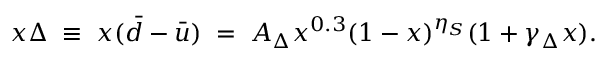
x \Delta \; \equiv \; x ( \bar { d } - \bar { u } ) \; = \; A _ { \Delta } x ^ { 0 . 3 } ( 1 - x ) ^ { \eta _ { S } } ( 1 + \gamma _ { \Delta } x ) .